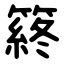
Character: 䈺